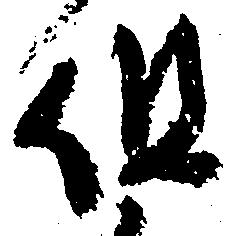
但